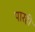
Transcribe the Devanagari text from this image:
पारही